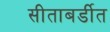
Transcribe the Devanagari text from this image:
सीताबर्डीत